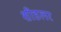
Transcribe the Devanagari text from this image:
शीडलर